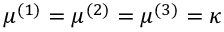
\mu ^ { ( 1 ) } = \mu ^ { ( 2 ) } = \mu ^ { ( 3 ) } = \kappa